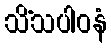
သိံသပါဝနံ